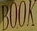
BOOK